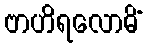
ဗာဟိရလောမိံ